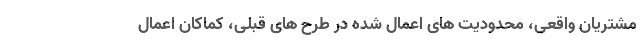
مشتریان واقعی،‌ محدودیت های اعمال شده در طرح های قبلی،‌ کماکان اعمال